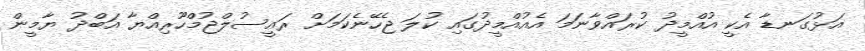
އަޅުގަނޑާ އެކީ އުއްމީދު ކުރައްވާނަމަ އެއުއްމީދުގައި ކުލަ ޖެހޭނެކަމަށް ރައީސުލްޖުމްހޫރިއްޔާ އަބްދު ޔާމީން